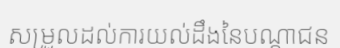
សម្រួលដល់ការយល់ដឹងនៃបណ្តាជន